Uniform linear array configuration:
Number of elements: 24
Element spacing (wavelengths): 1
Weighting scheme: cosine
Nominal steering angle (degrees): -30
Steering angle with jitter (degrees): -30.784
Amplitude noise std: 0.05
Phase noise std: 0.05

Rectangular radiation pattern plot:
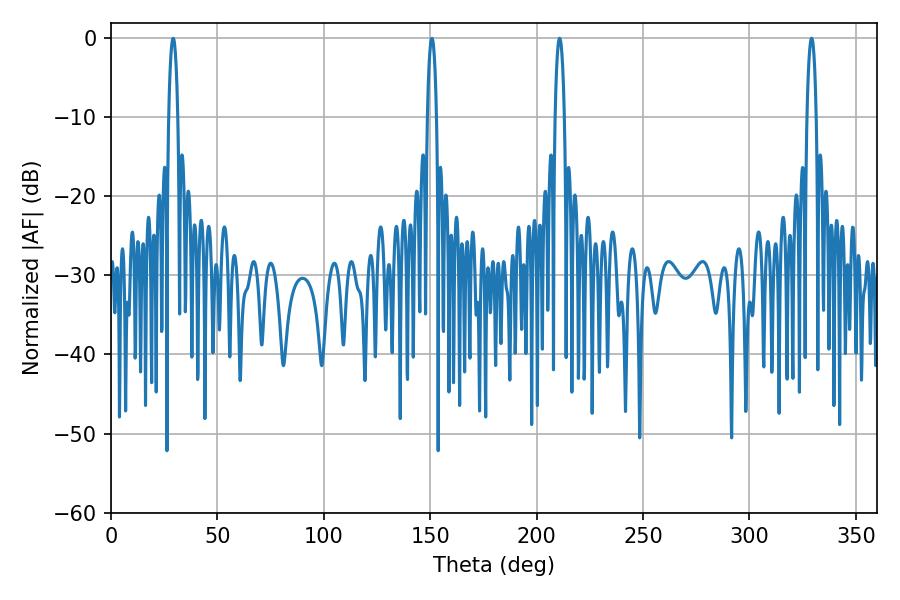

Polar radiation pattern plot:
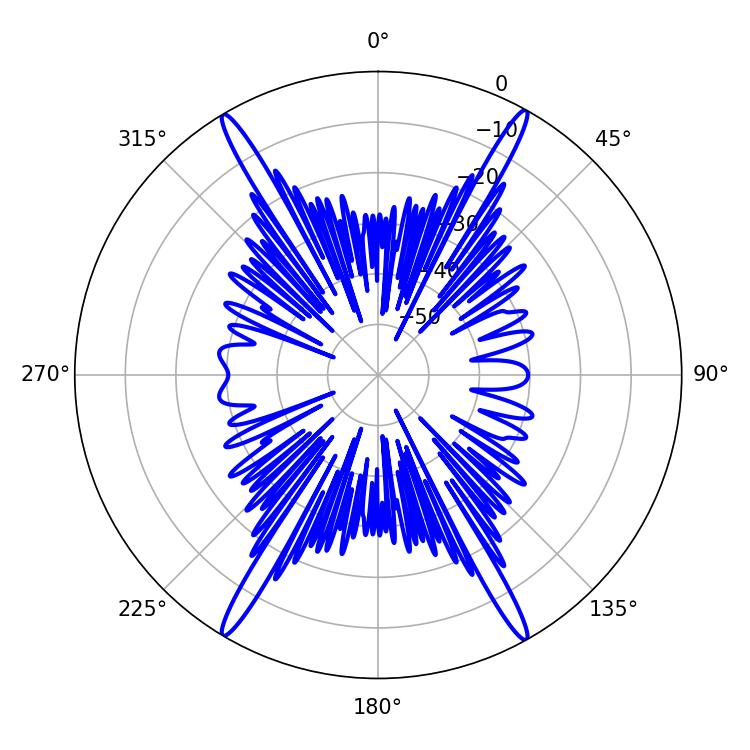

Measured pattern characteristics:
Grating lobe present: TRUE
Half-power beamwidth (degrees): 2.52
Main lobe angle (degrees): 210.78